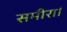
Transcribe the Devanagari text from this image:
समीरा।